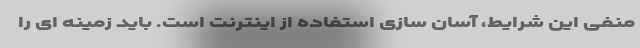
منفی این شرایط، آسان سازی استفاده از اینترنت است. باید زمینه ای را